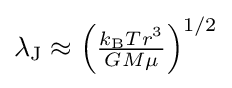
{\textstyle \lambda _{\text{J}}\approx \left({\frac {k_{\text{B}}Tr^{3}}{GM\mu }}\right)^{1/2}}